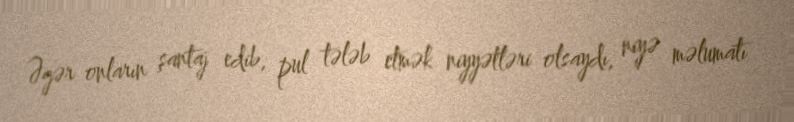
Əgər onların şantaj edib, pul tələb etmək niyyətləri olsaydı, niyə məlumatı